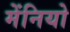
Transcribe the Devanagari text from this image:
मेंनियो